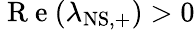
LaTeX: \mathrm{~R~e~}(\lambda_{\mathrm{NS,+}})>0